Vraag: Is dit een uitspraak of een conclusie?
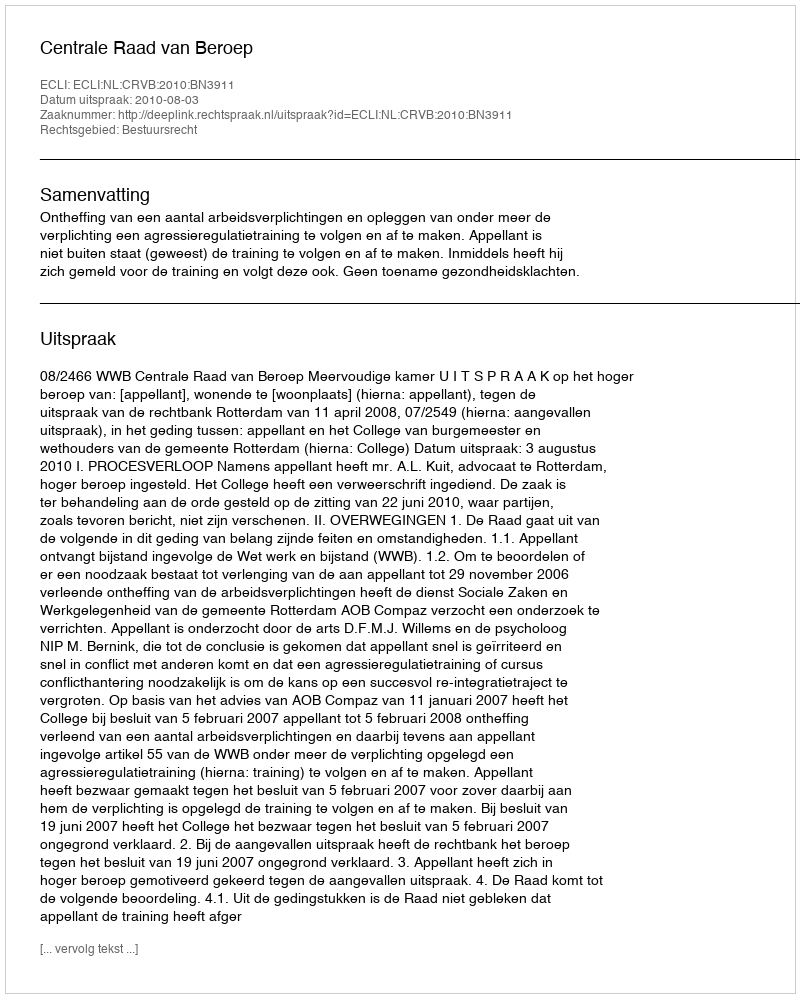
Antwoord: Uitspraak